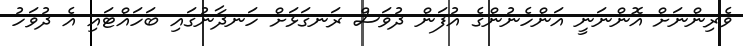
ވެރިންނަށް އޮންނަނީ އަންހެނުންގެ އުފަން ދުވަސް ރަނގަޅަށް ހަނދާނުގައި ބަހައްޓައި އެ ދުވަހު